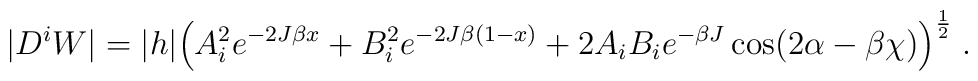
|D^iW| =  |h| \Big( A_i^2 e^{-2J\beta x}+B_i^2 e^{-2J\beta(1-x)}                  +2A_iB_ie^{-\beta J}\cos(2\alpha-\beta\chi)               \Big)^{\frac{1}{2}}  \; .